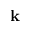
\mathbf { k }